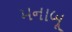
મનાબૂ